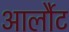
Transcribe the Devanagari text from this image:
आर्लौट